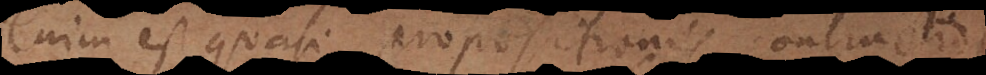
enim est quasi praepositionis contractio.